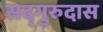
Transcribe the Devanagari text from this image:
सद्‌गुरुदास